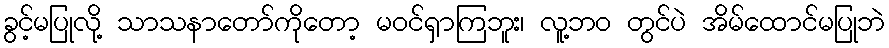
ခွင့်မပြုလို့ သာသနာတော်ကိုတော့ မဝင်ရှာကြဘူး၊ လူ့ဘဝ တွင်ပဲ အိမ်ထောင်မပြုဘဲ